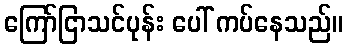
ကြော်ငြာသင်ပုန်း ပေါ် ကပ်နေသည်။